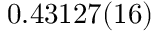
0 . 4 3 1 2 7 ( 1 6 )